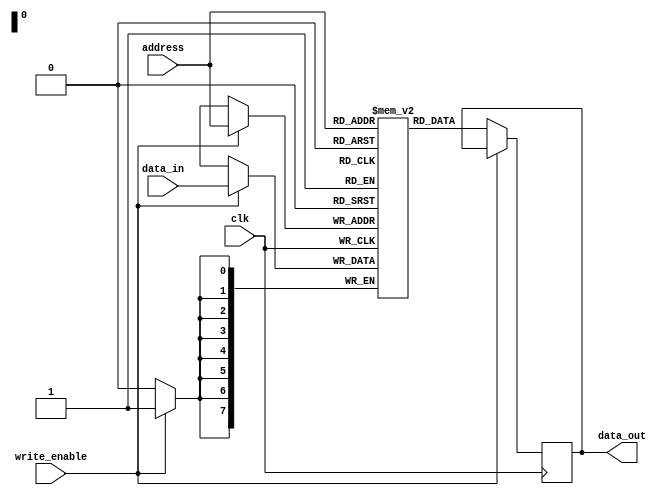
module MRAM(
    input wire clk,
    input wire write_enable,
    input wire [7:0] data_in,
    input wire [7:0] address,
    output reg [7:0] data_out
);
    
reg [7:0] memory [0:255]; // 256 memory cells

always @(posedge clk) begin
    if(write_enable) begin
        memory[address] <= data_in;
    end
    else begin
        data_out <= memory[address];
    end
end

endmodule